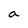
Character: a